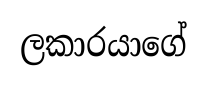
ලකාරයාගේ